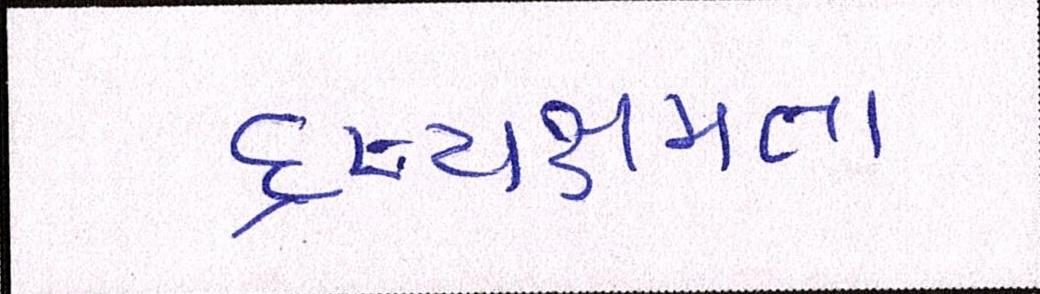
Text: દ્રષ્યક્ષમતા